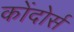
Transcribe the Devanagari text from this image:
कोंदोर्स